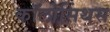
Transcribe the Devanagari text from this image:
कॉलोसिंथस